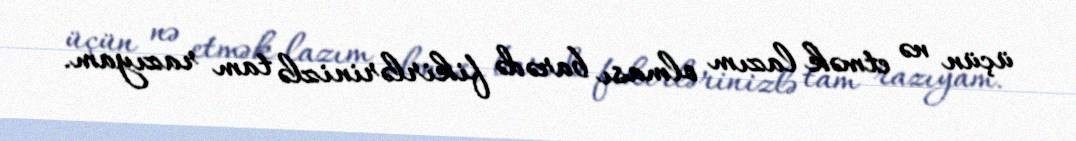
üçün nə etmək lazım olması barədə fikirlərinizlə tam razıyam.